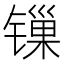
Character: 𬭲